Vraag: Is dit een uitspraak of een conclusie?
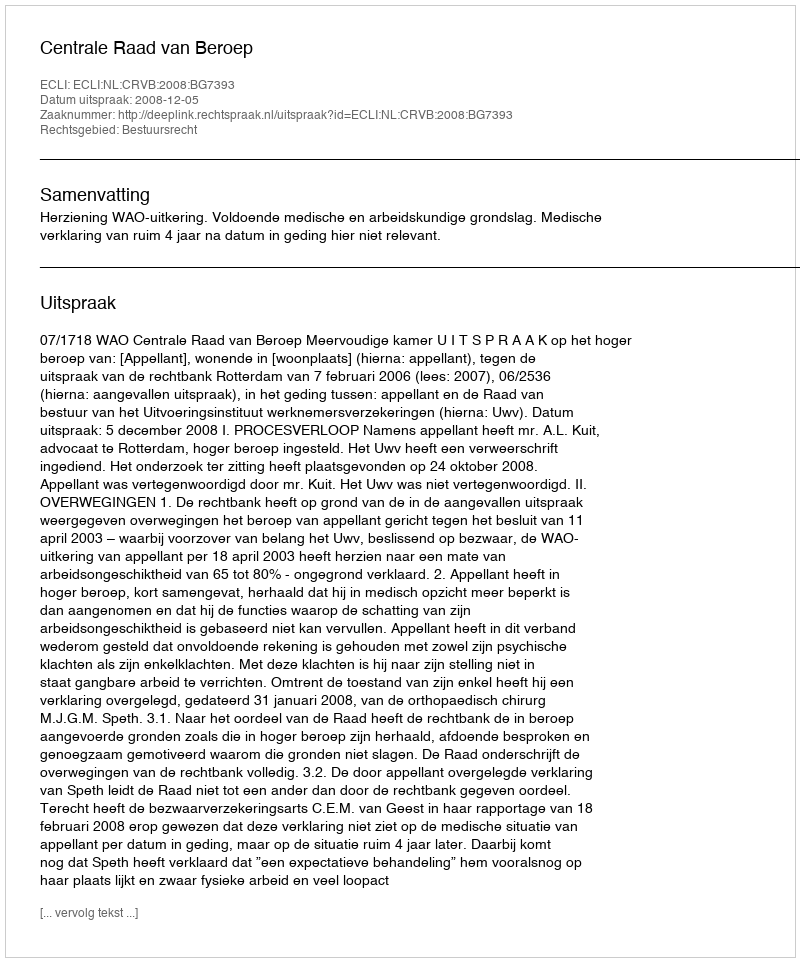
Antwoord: Uitspraak